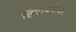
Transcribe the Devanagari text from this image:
हिंदीबरोबर